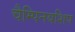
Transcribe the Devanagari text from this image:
चैम्पिनयशिप